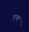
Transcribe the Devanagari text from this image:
एन्ग